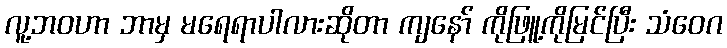
လူ့ဘဝဟာ ဘာမှ မရေရာပါလားဆိုတာ ကျနော် ကိုဖြူ့ကိုမြင်ပြီး သံဝေဂ